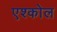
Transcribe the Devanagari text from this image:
एश्कोल